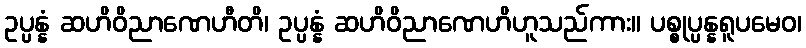
ဥပ္ပန္နံ ဆဟိဝိညာဏေဟီတိ၊ ဥပ္ပန္နံ ဆဟိဝိညာဏေဟိဟူသည်ကား။ ပစ္စုပ္ပန္နရူပမေဝ၊